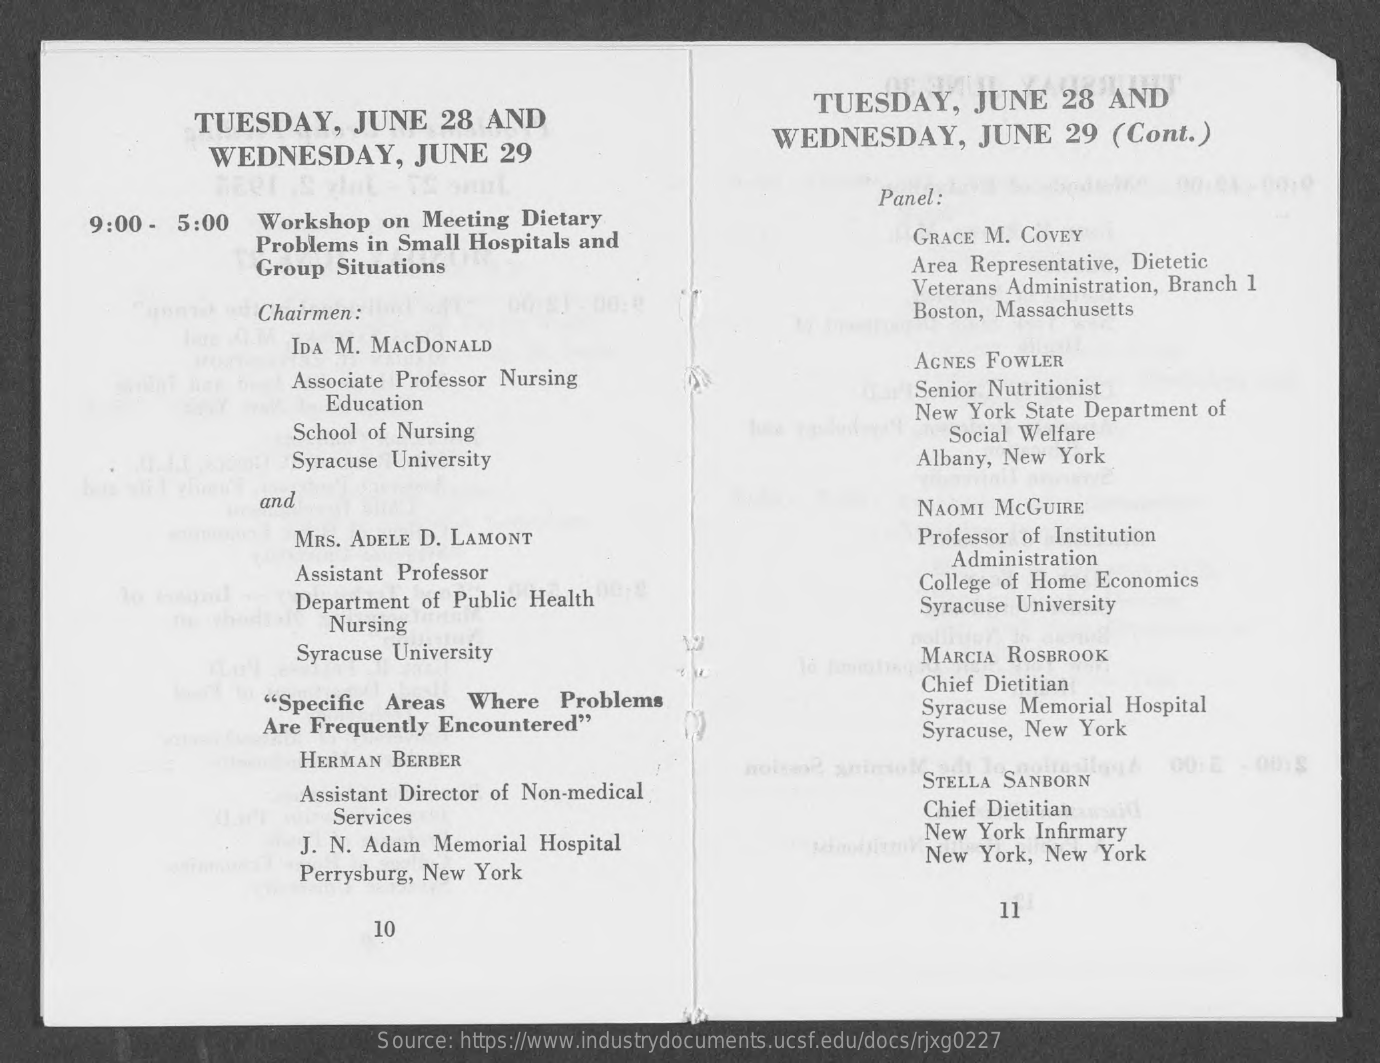
TUESDAY,    JUNE    28  AND
     TUESDAY,    JUNE    28   AND
     WEDNESDAY,    JUNE    29
     WEDNESDAY,    JUNE    29  (Cont.)
     9:00 -  5:00   Workshop    on  Meeting  Dietary
     Panel:
     Problems   in Small Hospitals  and    GRACE M. COVEY
     Group   Situations    Area  Representative, Dietetic
     Chairmen:
     Veterans Administration, Branch 1
     Boston, Massachusetts
     IDA M. MACDONALD
     Associate Professor Nursing
     AGNES FOWLER
     Education
     Senior Nutritionist
     School of Nursing
     New  York State Department of
     Syracuse University
     Social Welfare
     Albany, New  York
     and    NAOMI  MCGUIRE
     MRS. ADELE D. LAMONT    Professor of Institution
     Assistant Professor
     Administration
     Department  of Public Health
     College of Home  Economics
     Nursing
     Syracuse University
     Syracuse University    MARCIA  ROSBROOK
     "Specific  Areas   Where    Problems
     Chief Dietitian
     Are Frequently  Encountered"
     Syracuse Memorial  Hospital
     HERMAN  BERBER
     Syracuse, New  York
     Assistant Director of Non-medical
     no
     STELLA  SANBORN
     Services    Chief Dietitian
     J. N. Adam  Memorial  Hospital
     New  York  Infirmary
     Perrysburg, New York
     New  York, New  York
     10
     11
     Source: https://www.industrydocuments.ucsf.edu/docs/rjxg0227